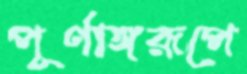
পূর্ণাঙ্গরূপে